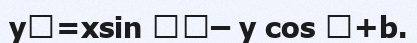
y=xsіn – y cos +b.